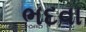
ભદવા